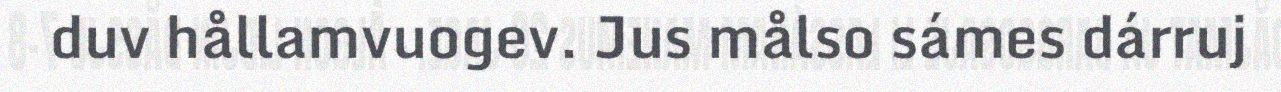
duv hållamvuogev. Jus målso sámes dárruj